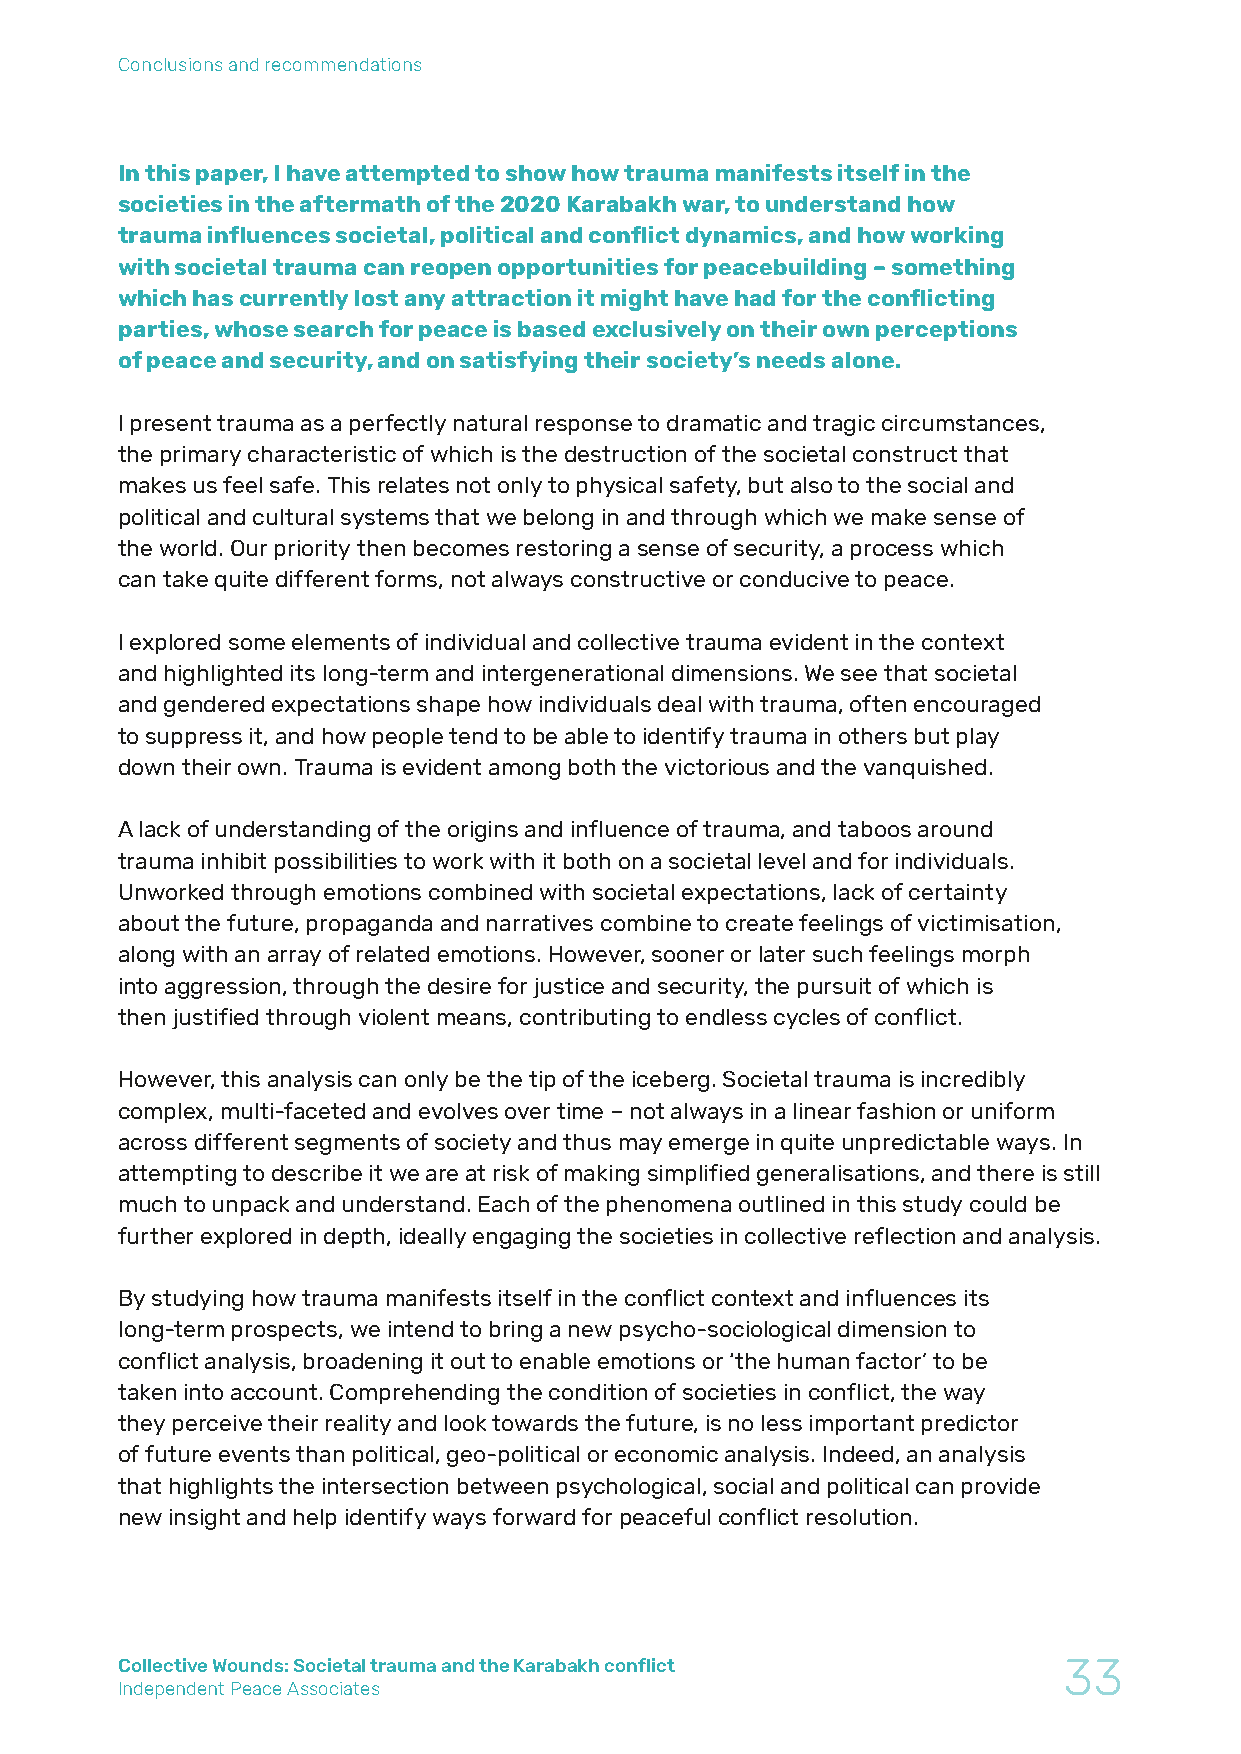
Conclusions and recommendations
 In this paper, I have attempted to show how trauma manifests itself in the
 societies in the aftermath of the 2020 Karabakh war, to understand how
 trauma influences societal, political and conflict dynamics, and how working
 with societal trauma can reopen opportunities for peacebuilding – something
 which has currently lost any attraction it might have had for the conflicting
 parties, whose search for peace is based exclusively on their own perceptions
 of peace and security, and on satisfying their society’s needs alone.
 I present trauma as a perfectly natural response to dramatic and tragic circumstances,
 the primary characteristic of which is the destruction of the societal construct that
 makes us feel safe. This relates not only to physical safety, but also to the social and
 political and cultural systems that we belong in and through which we make sense of
 the world. Our priority then becomes restoring a sense of security, a process which
 can take quite different forms, not always constructive or conducive to peace.
 I explored some elements of individual and collective trauma evident in the context
 and highlighted its long-term and intergenerational dimensions. We see that societal
 and gendered expectations shape how individuals deal with trauma, often encouraged
 to suppress it, and how people tend to be able to identify trauma in others but play
 down their own. Trauma is evident among both the victorious and the vanquished.
 A lack of understanding of the origins and influence of trauma, and taboos around
 trauma inhibit possibilities to work with it both on a societal level and for individuals.
 Unworked through emotions combined with societal expectations, lack of certainty
 about the future, propaganda and narratives combine to create feelings of victimisation,
 along with an array of related emotions. However, sooner or later such feelings morph
 into aggression, through the desire for justice and security, the pursuit of which is
 then justified through violent means, contributing to endless cycles of conflict.
 However, this analysis can only be the tip of the iceberg. Societal trauma is incredibly
 complex, multi-faceted and evolves over time – not always in a linear fashion or uniform
 across different segments of society and thus may emerge in quite unpredictable ways. In
 attempting to describe it we are at risk of making simplified generalisations, and there is still
 much to unpack and understand. Each of the phenomena outlined in this study could be
 further explored in depth, ideally engaging the societies in collective reflection and analysis.
 By studying how trauma manifests itself in the conflict context and influences its
 long-term prospects, we intend to bring a new psycho-sociological dimension to
 conflict analysis, broadening it out to enable emotions or ‘the human factor’ to be
 taken into account. Comprehending the condition of societies in conflict, the way
 they perceive their reality and look towards the future, is no less important predictor
 of future events than political, geo-political or economic analysis. Indeed, an analysis
 that highlights the intersection between psychological, social and political can provide
 new insight and help identify ways forward for peaceful conflict resolution.
 Collective Wounds: Societal trauma and the Karabakh conflict  33
 Independent Peace Associates